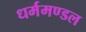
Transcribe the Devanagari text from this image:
धर्ममण्डल